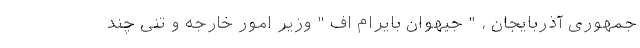
جمهوری آذربایجان ، " جیهوان بایرام اف " وزیر امور خارجه و تنی چند